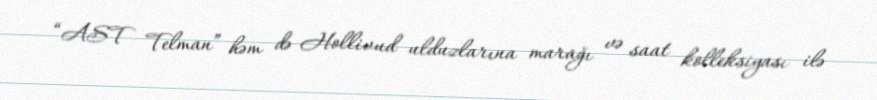
“AST Telman” həm də Hollivud ulduzlarına marağı və saat kolleksiyası ilə